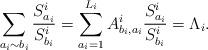
LaTeX: \begin{align*}\sum_{a_i \sim b_i} \frac{S_{a_i}^i}{S_{b_i}^i} = \sum_{a_i=1}^{L_i}A_{b_i,a_i}^i\frac{S_{a_i}^i}{S_{b_i}^i}=\Lambda_i.\end{align*}